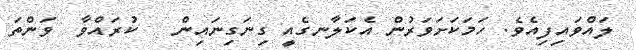
ލައްވައިފިއެވެ. ހަމަކަށަވަރުން އެކަލާނގެއީ ގިނަގިނައިން   ކުރައްވާ  ވަންތަ